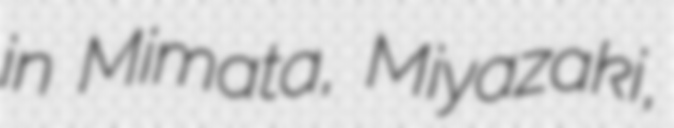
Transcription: in Mimata, Miyazaki,